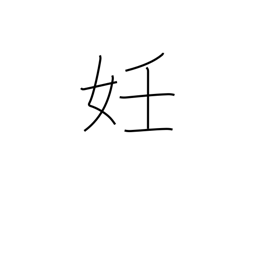
Meaning: pregnancy